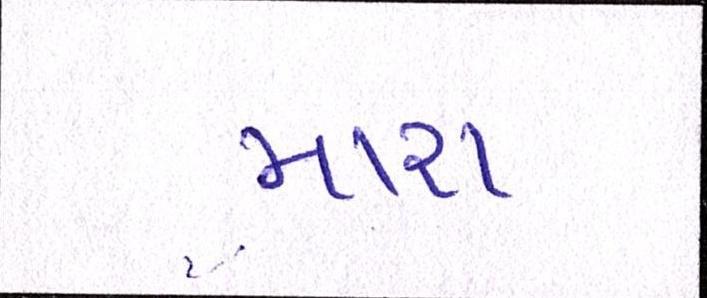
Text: મારા